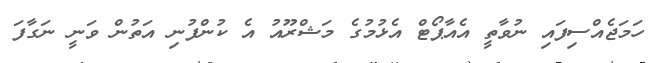
ހަމަޖެއްސިފައި ނުވާތީ އެއާޕޯޓް އެޅުމުގެ މަޝްރޫއު އެ ކުންފުނި އަތުން ވަނީ ނަގާފަ